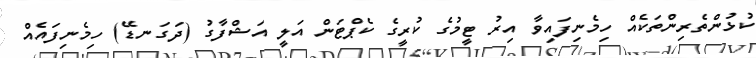
ކުޅުންތެރިންތަކެއް ހިމެނިފައިވާ އިރު ޓީމުގެ ކުރީގެ ކެޕްޓަން އަލީ އަޝްފާގު (ދަގަނޑޭ) ހިމެނިފައެއް